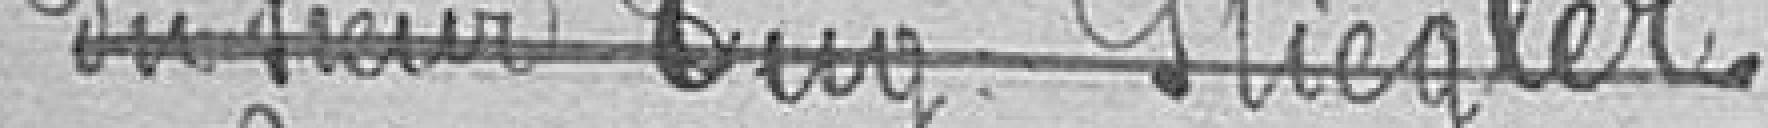
Du sieur Guy Stiegler